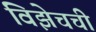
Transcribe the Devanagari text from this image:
विझेचची